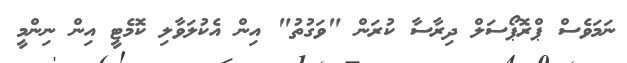
ނަމަވެސް ޕްރޮޕޯސަލް ދިރާސާ ކުރަން "ވަގުތު" އިން އެކުލަވާލި ކޮމެޓީ އިން ނިންމީ